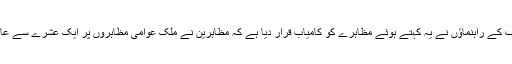
الجزائر کے حزب اختلاف کے راہنماؤں نے یہ کہتے ہوئے مظاہرے کو کامیاب قرار دیا ہے کہ مظاہرین نے ملک عوامی مظاہروں پر ایک عشرے سے عائد پابندی کو توڑدیا ہے۔